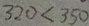
3 2 0 < 3 5 0